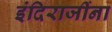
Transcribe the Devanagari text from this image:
इंदिराजींना